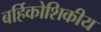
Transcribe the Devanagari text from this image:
बर्हिकोशिकीय